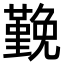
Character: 𭐅